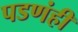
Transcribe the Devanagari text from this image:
पडणंही